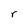
Character: r